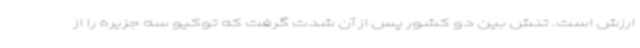
ارزش است. تنش بین دو کشور پس از آن شدت گرفت که توکیو سه جزیره را از